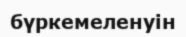
бүркемеленуін